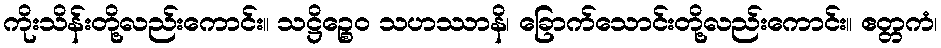
ကိုးသိန်းတို့လည်းကောင်း။ သဋ္ဌိဉ္စေဝ သဟဿာနိ၊ ခြောက်သောင်းတို့လည်းကောင်း။ ဧတ္တကံ၊